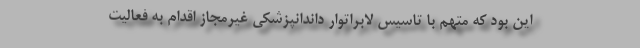
این بود که متهم با تاسیس لابراتوار داندانپزشکی غیرمجاز اقدام به فعالیت